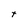
Character: t